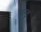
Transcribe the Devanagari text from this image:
थन्ड्